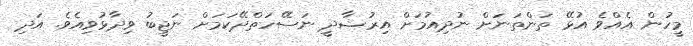
މީހުން އެއްވެ އުޅޭ ތަންތަނަށް ނުދިއުމަށް އިރުޝާދީ ނަސޭހަތްދޭކަމަށް ނަޖީބު ވިދާޅުވިއެވެ. އަދި